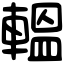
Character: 轀